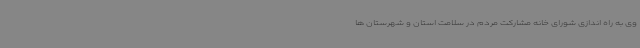
وی به راه اندازی شورای خانه مشارکت مردم در سلامت استان و شهرستان ها